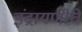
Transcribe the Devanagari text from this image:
इंद्रायणीचे